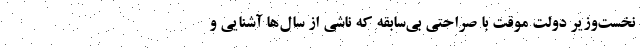
نخست‌وزیر دولت موقت با صراحتی بی‌سابقه که ناشی از سال‌ها آشنایی و